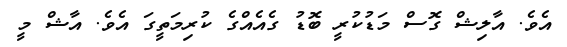
އެވެ. އާލިޝް ގޮސް މަޑުކުރީ ބޮޑު ގެއެއްގެ ކުރިމަތީގަ އެވެ. އާޝް މީ